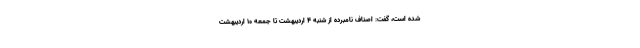
شده است، گفت: اصناف نامبرده از شنبه ۴ اردیبهشت تا جمعه ۱۰ اردیبهشت